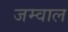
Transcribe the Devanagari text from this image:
जम्वाल